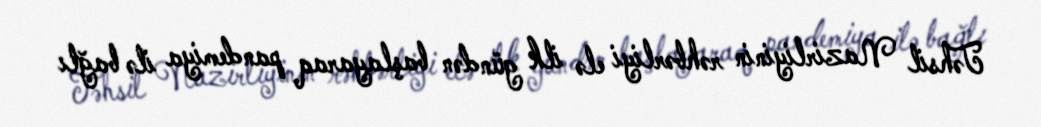
Təhsil Nazirliyinin rəhbərliyi elə ilk gündən başlayaraq pandemiya ilə bağlı